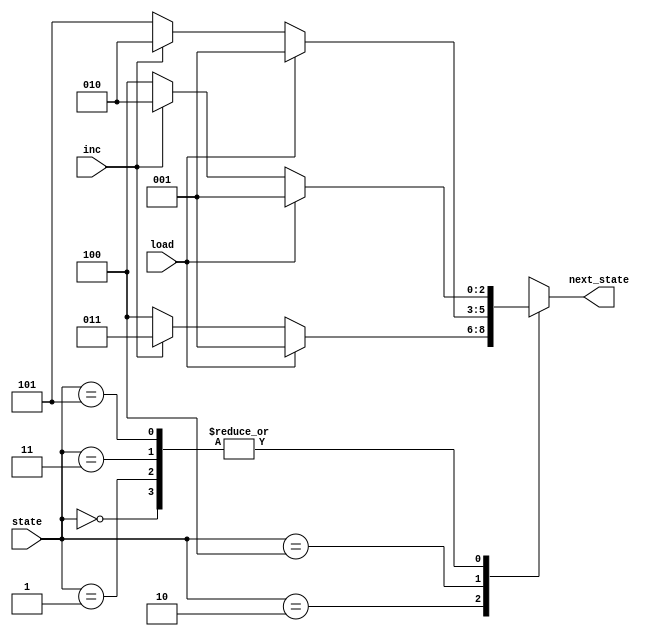
module ns_logic(load, inc, state, next_state); // this module makes next state logic

//Defined as a three-digit binary code defined from DEC2_STATE, DEC_STATE, INC2_STATE, INC_STATE, IDLE_STATE, LOAD_STATE
parameter IDLE_STATE = 3'b000;
parameter LOAD_STATE = 3'b001;
parameter INC_STATE = 3'b010;
parameter INC2_STATE = 3'b011;
parameter DEC_STATE = 3'b100;
parameter DEC2_STATE = 3'b101;

input load, inc; // define input load, inc
input [2:0] state; // define 3 bits input state
output [2:0] next_state; // define 3 bits  output next_state

reg [2:0] next_state;

always @ (load, inc, state) // Calculate the next state through the case statement 
begin // begin - end means { }
case(state)
	IDLE_STATE : begin // begin - end means { }
	if(load == 1'b1) next_state <= LOAD_STATE; // load is true next state is load state
	else if(inc == 1'b1) next_state <= INC_STATE; // inc == increase, inc is true next state is inc state
	else if(inc == 1'b0) next_state <= DEC_STATE; // dec == decrease, inc is false next state is dec state
	else next_state <= IDLE_STATE; // If nothing, the next state is the idle state.
	end
	LOAD_STATE : begin // begin - end means { }
	if(load == 1'b1) next_state <= LOAD_STATE;
	else if(inc == 1'b1) next_state <= INC_STATE;
	else if(inc == 1'b0) next_state <= DEC_STATE;
	else next_state <= LOAD_STATE;
	end
	INC_STATE : begin // begin - end means { }
	if(load == 1'b1) next_state <= LOAD_STATE;
	else if(inc == 1'b1) next_state <= INC2_STATE;
	else if(inc == 1'b0) next_state <= DEC_STATE;
	else next_state <= INC_STATE;
	end
	INC2_STATE : begin // begin - end means { }
	if(load == 1'b1) next_state <= LOAD_STATE;
	else if(inc == 1'b1) next_state <= INC_STATE;
	else if(inc == 1'b0) next_state <= DEC_STATE;
	else next_state <= INC2_STATE;
	end
	DEC_STATE : begin // begin - end means { }
	if(load == 1'b1) next_state <= LOAD_STATE;
	else if(inc == 1'b1) next_state <= INC_STATE;
	else if(inc == 1'b0) next_state <= DEC2_STATE;
	else next_state <= DEC_STATE;
	end
	DEC2_STATE : begin // begin - end means { }
	if(load == 1'b1) next_state <= LOAD_STATE; 
	else if(inc == 1'b1) next_state <= INC_STATE;
	else if(inc == 1'b0) next_state <= DEC_STATE;
	else next_state <= DEC2_STATE;
	end
	default : next_state <= 3'bx; // To prevent the problem of latch
endcase // end of case
end
endmodule // end of module